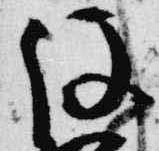
役